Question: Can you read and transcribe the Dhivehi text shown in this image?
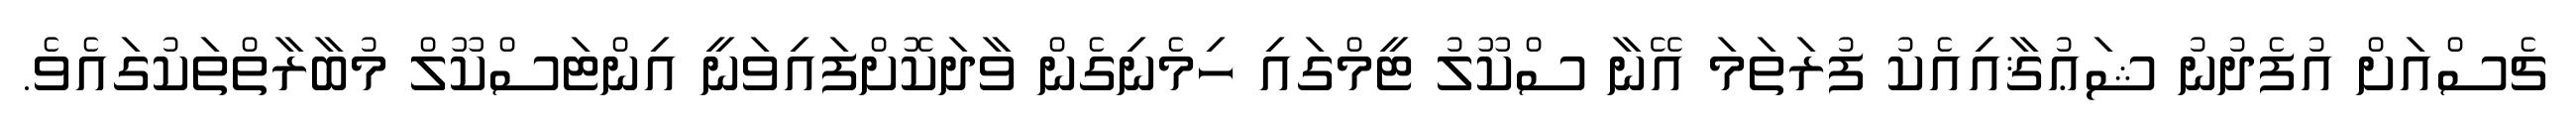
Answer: ޗެސްއަށް އުފެދުނު ޝަޢުޤާއިއެކު ފުރަތަމަ އޭނާ ސްކޫލު ޓީމްގައި ހިމެނިގެން ވާދަކޮށްފައިވަނީ އިންޓަސްކޫލް މުބާރާތްތަކުގައެވެ.